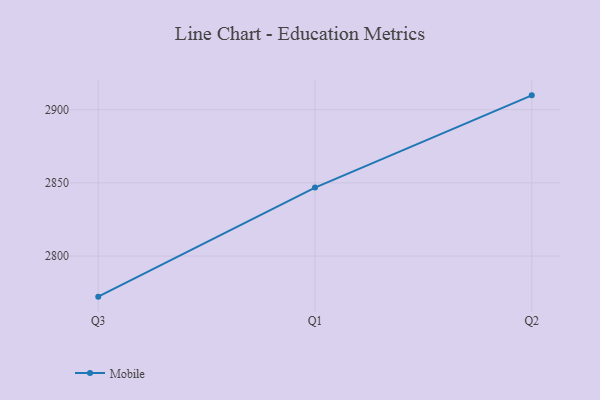
{"axis": {"x": "Quarter", "y": "Satisfaction Score"}, "legend": ["Mobile"], "data": [{"x": "Q3", "y": 2772.3, "type": "Mobile"}, {"x": "Q1", "y": 2846.8, "type": "Mobile"}, {"x": "Q2", "y": 2909.8, "type": "Mobile"}]}